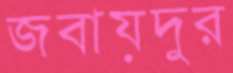
জবায়দুর